Annual vaccination report of Bihar and Orissa - 1911-1928
Year: 1911
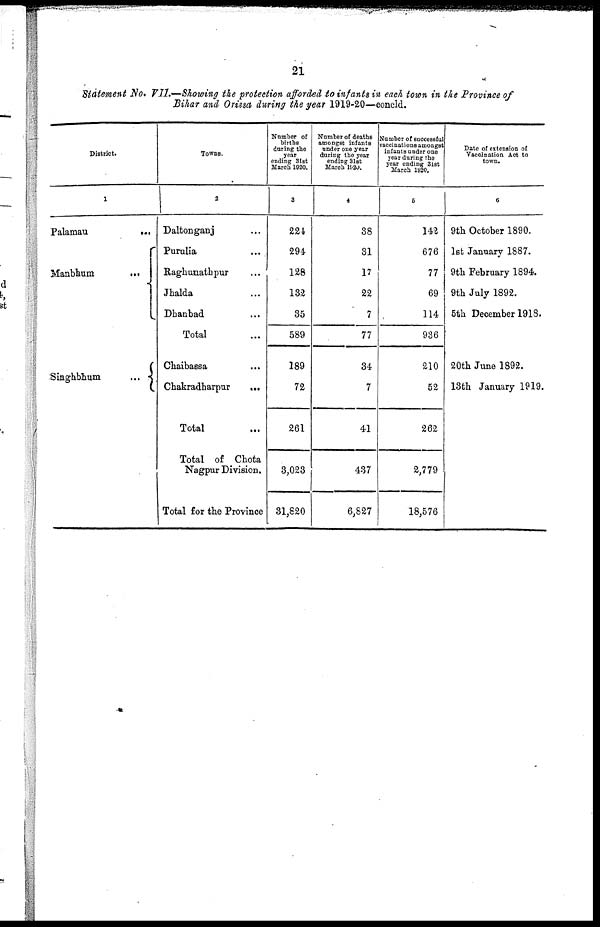
21
Statement No. VII.—Showing the protection afforded to infants in each town in the Province of
Bihar and Orissa during the year 1919-20—concld.
District.
1
Palamau
...
Manbhum
...
Singhbhum
...
Towns.
2
Daltonganj ...
Purulia
...
Raghunathpur ...
Jhalda ...
Dhanbad ...
Total ...
Chaibassa ...
Chakradharpur
...
Total ...
Total of Chota
Nagpur Division.
Total for the Province
Number of
births
during the
year
ending 31st
March 1920.
3
224
294
128
132
35
589
189
72
261
3,023
31,820
Number of deaths
amongst infants
under one year
during the year
ending 31st
March 1920.
4
38
31
17
22
7
77
34
7
41
437
6,827
Number of successful
vaccinations amongst
infants under one
year during the
year ending 31st
March 1920.
5
142
676
77
69
114
936
210
52
262
2,779
18,576
Date of extension of
Vaccination Act to
town.
6
9th October 1890.
1st January 1887.
9th February 1894.
9th July 1892.
5th December 1918.
20th June 1892.
13th January 1919.